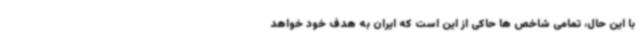
با این حال، تمامی شاخص ها حاکی از این است که ایران به هدف خود خواهد